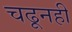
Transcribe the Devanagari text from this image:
चढूनही